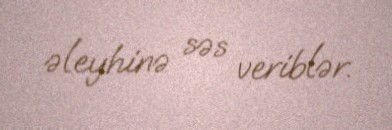
əleyhinə səs veriblər.